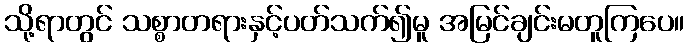
သို့ရာတွင် သစ္စာတရားနှင့်ပတ်သက်၍မူ အမြင်ချင်းမတူကြပေ။